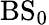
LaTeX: \mathrm{BS}_{0}